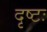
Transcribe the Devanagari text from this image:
दृष्टः